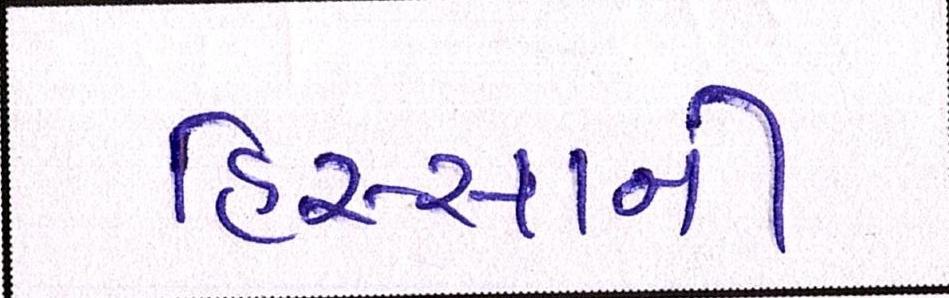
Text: હિસ્સાની